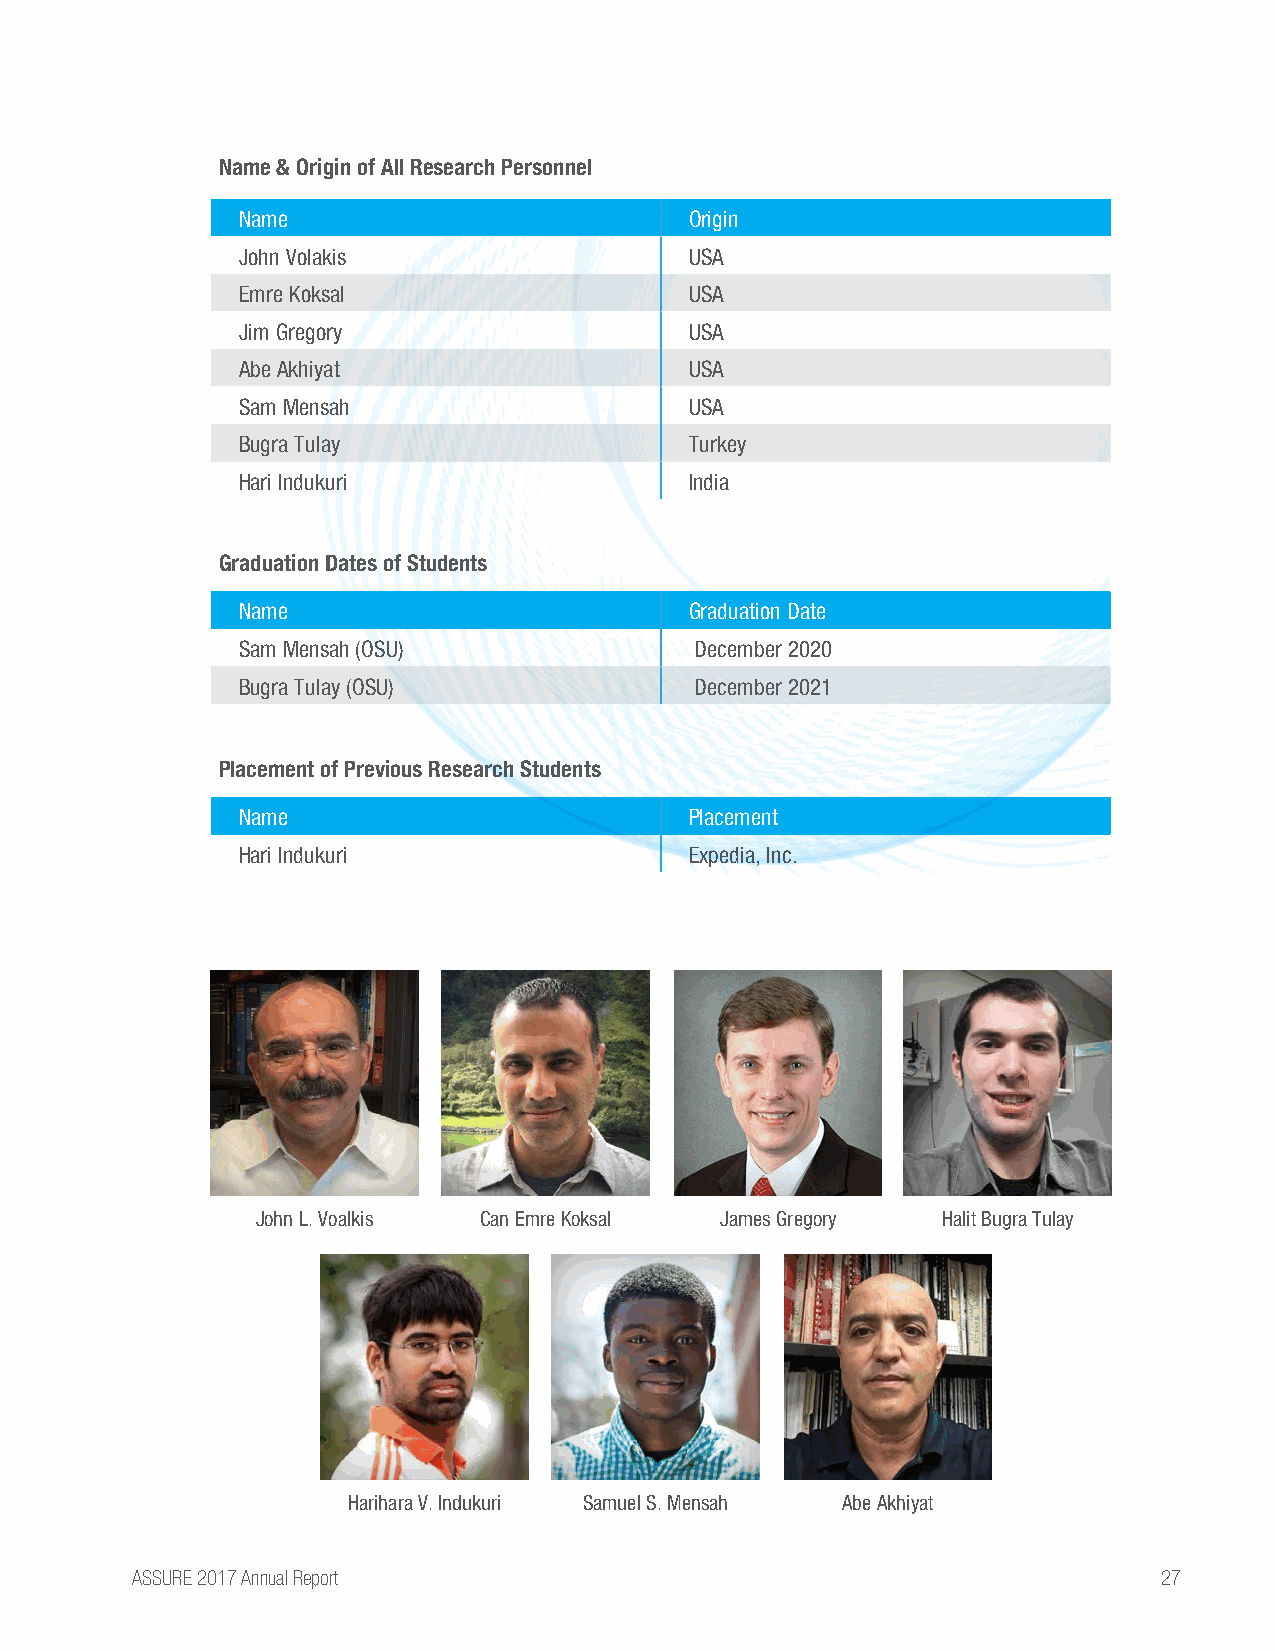
Name & Origin of All Research Personnel
 Name                          Origin
 John Volakis                  USA
 Emre Koksal                   USA
 Jim Gregory                   USA
 Abe Akhiyat                   USA
 Sam Mensah                    USA
 Bugra Tulay                   Turkey
 Hari Indukuri                 India
 Graduation Dates of Students
 Name                          Graduation Date
 Sam Mensah (OSU)              December 2020
 Bugra Tulay (OSU)             December 2021
 Placement of Previous Research Students
 Name                          Placement
 Hari Indukuri                 Expedia, Inc.
 John L. Voalkis Can Emre Koksal James Gregory Halit Bugra Tulay
 Harihara V. Indukuri Samuel S. Mensah Abe Akhiyat
 ASSURE 2017 Annual Report                                           27